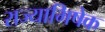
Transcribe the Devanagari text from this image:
राज्‍याभिषेक